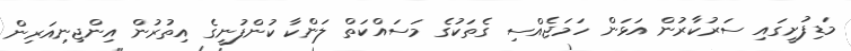
މަޑިފުށީގައި ސަރުކާރުން އަޅަން ހަމަޖެއްސި ގެތަކުގެ މަސައްކަތް ލަންކާ ކުންފުނީގެ އިތުރުން އިންޖިނިއަރިން